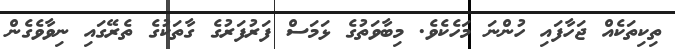
ތިކިތަކެއް ޖަހާފައި ހުންނަ މަހެކެވެ. މިބާވަތުގެ ޅަމަސް ފަރުފަރުގެ ގާތަކުގެ ތެރޭގައި ނިވާވެެގެން